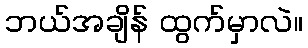
ဘယ်အချိန် ထွက်မှာလဲ။